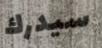
سيدرك